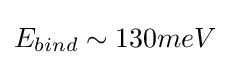
E_{bind}\sim 130meV